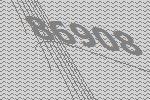
86908